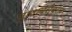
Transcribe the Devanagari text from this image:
ज्ञानाबरोबरच